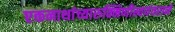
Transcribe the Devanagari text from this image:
एकनाथांच्यारुक्मिणीस्वयंवराने